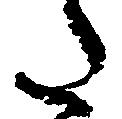
た